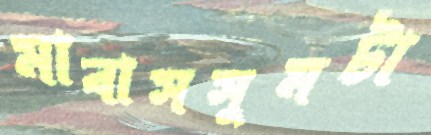
মাবাসসুমটা